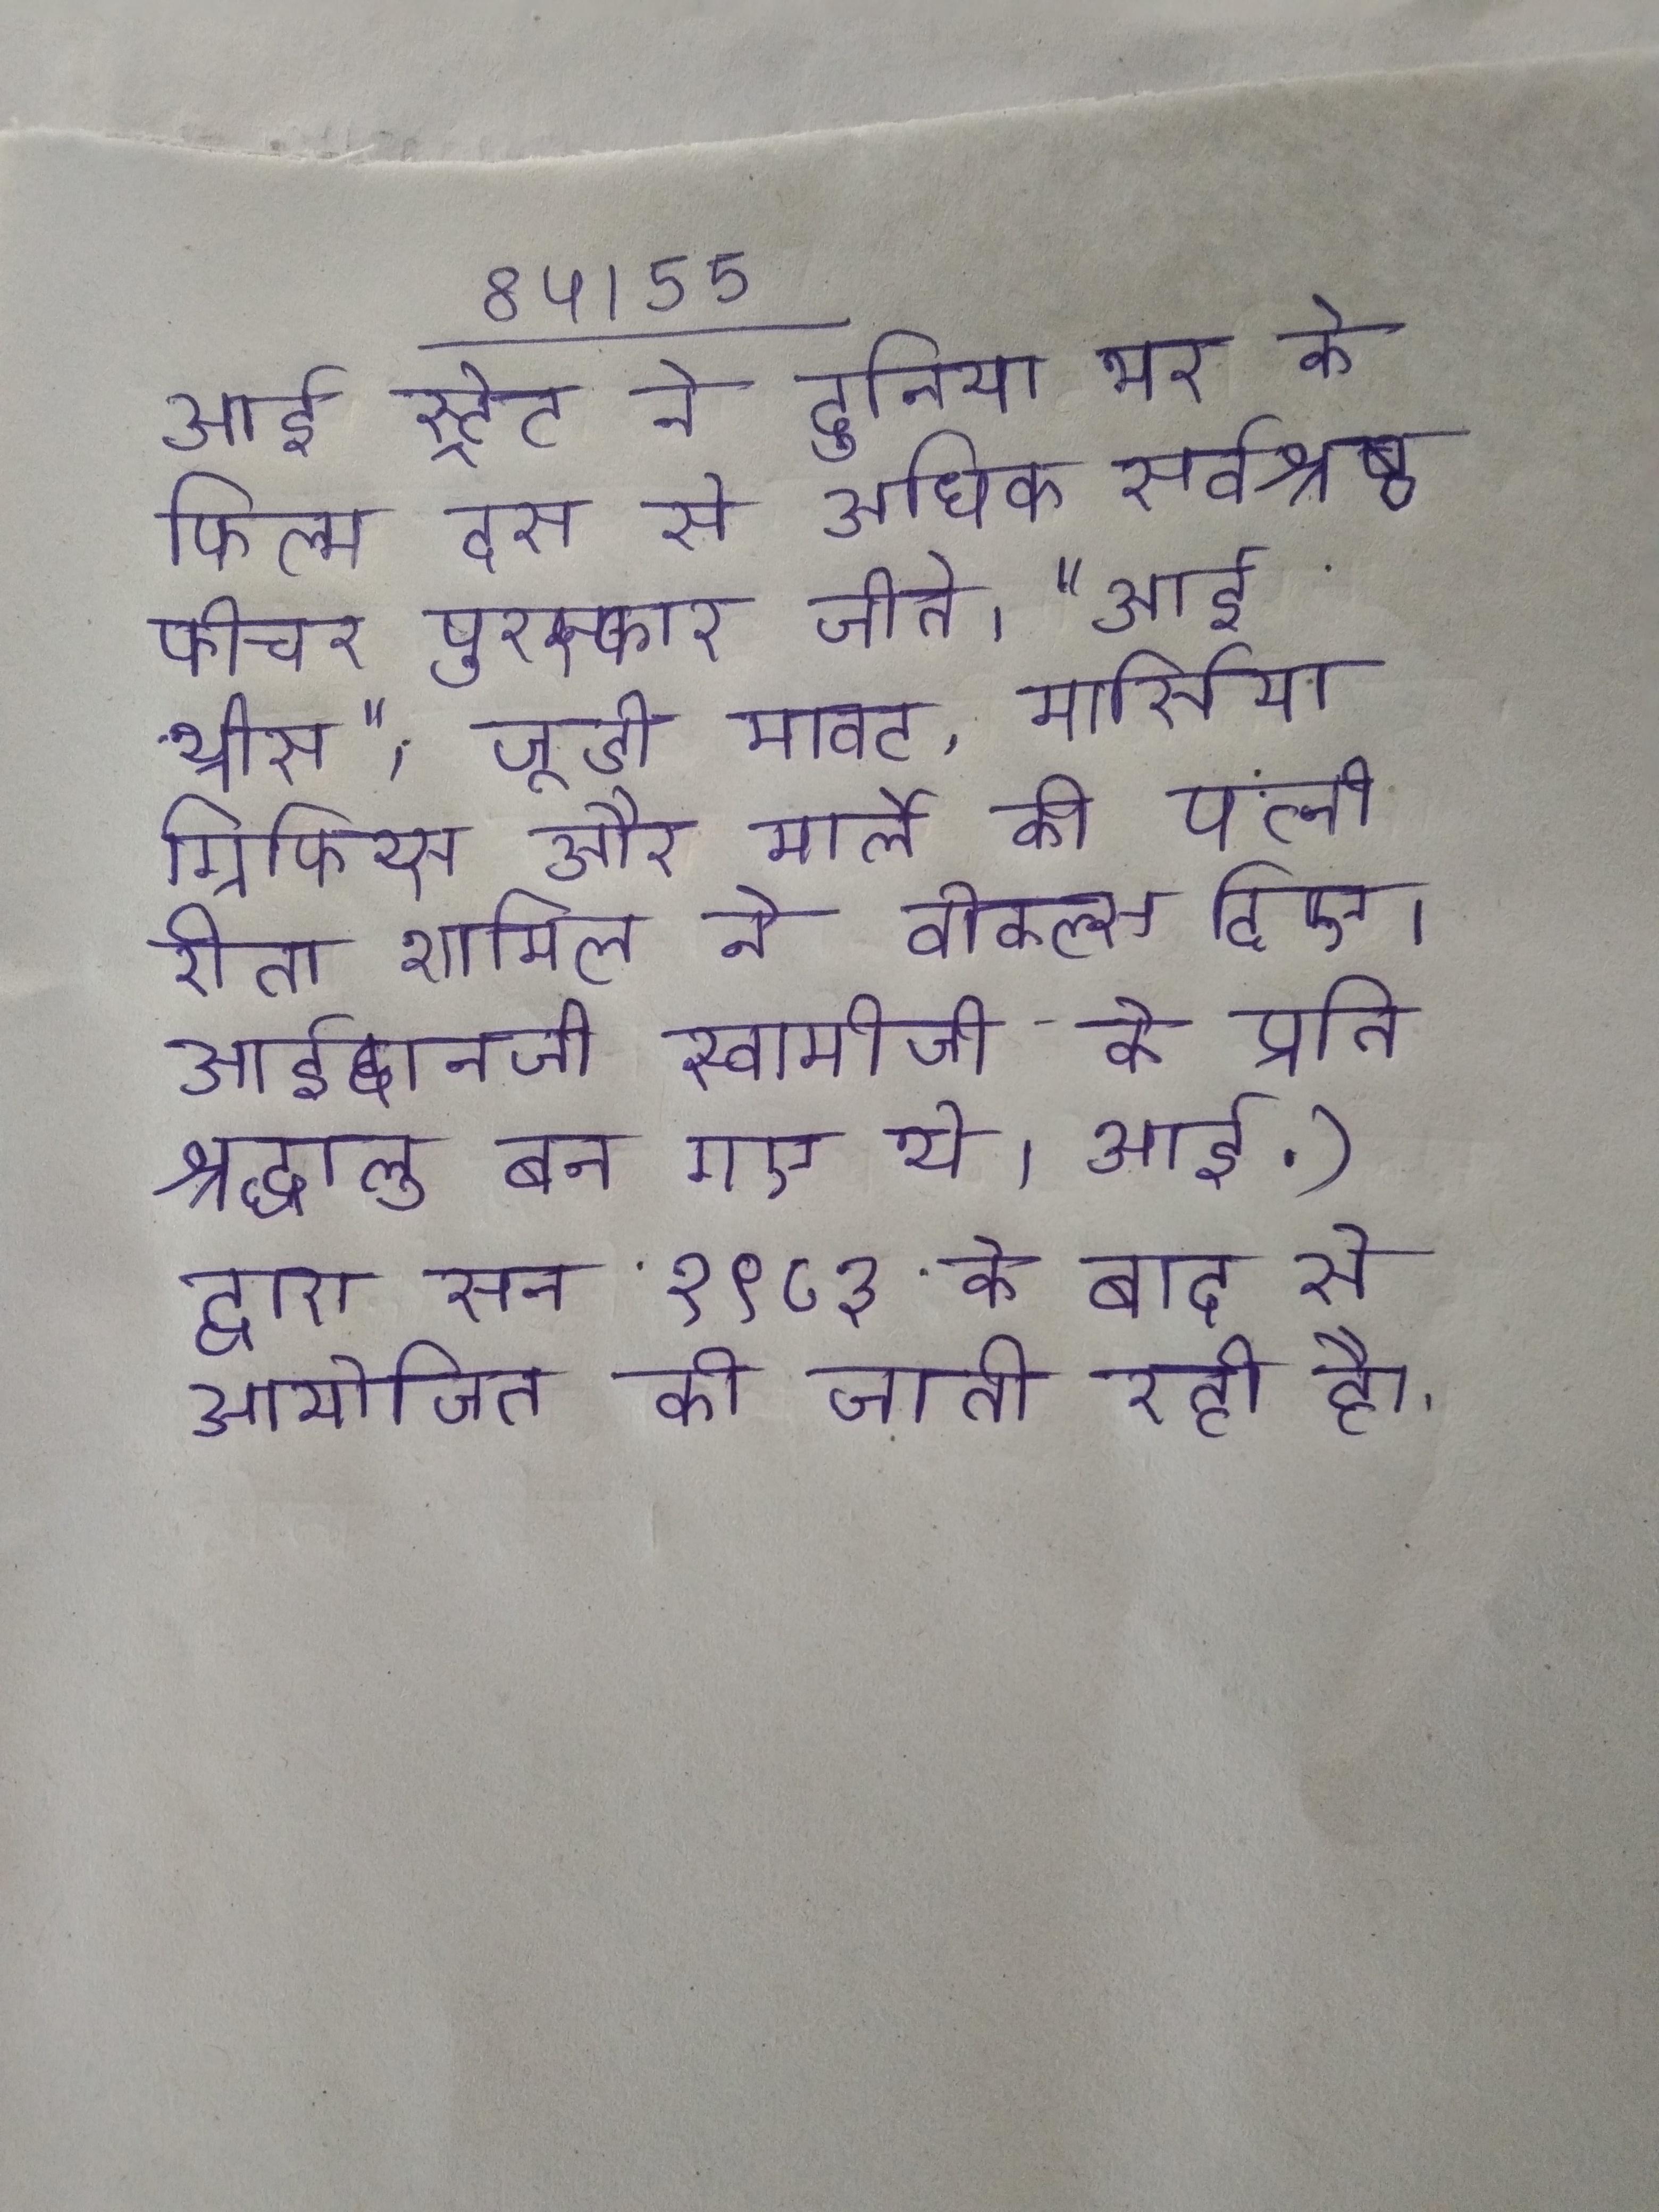
आई स्ट्रेट ने दुनिया भर के फिल्म दस से अधिक सर्वश्रेष्ठ फीचर पुरस्कार जीते । "आई थ्रीस", जूडी मावट, मार्सिया ग्रिफिथ्स और मार्ले की पत्नी रीता शामिल ने वोकल्स दिए । आईदानजी स्वामीजी के प्रति श्रद्धालु बन गए थे । आई.) द्वारा सन १९८३ के बाद से आयोजित की जाती रही है ।